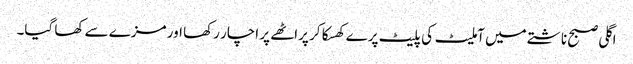
اگلی صبح ناشتے میں آملیٹ کی پلیٹ پرے کھسکا کر پراٹھے پر اچار رکھا اور مزے سے کھا گیا۔